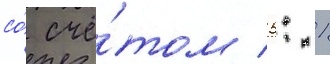
со́ счё́том 5: 1